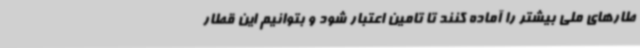
طارهای ملی بیشتر را آماده کنند تا تامین اعتبار شود و بتوانیم این قطار